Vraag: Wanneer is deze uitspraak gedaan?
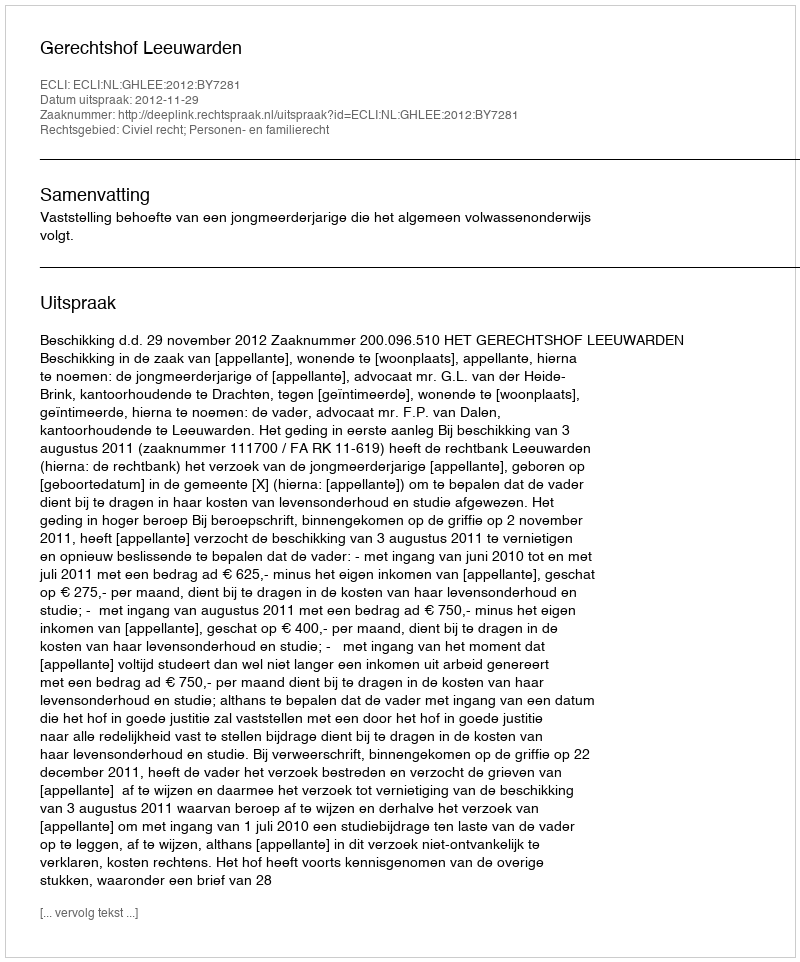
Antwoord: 2012-11-29